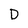
Character: D